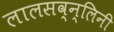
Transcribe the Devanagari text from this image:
लालसव्न्लिनी